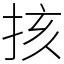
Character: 㧡